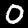
Label: 0